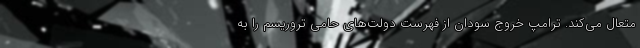
متعال می‌کند. ترامپ خروج سودان از فهرست دولت‌های حامی تروریسم را به